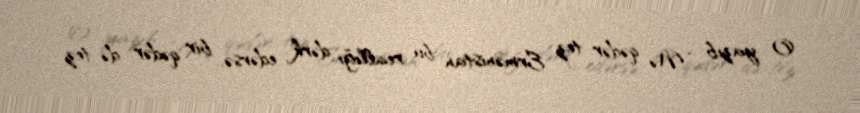
O yazıb: “Nə qədər tez Ermənistan bu reallığı dərk edərsə, bir qədər də tez